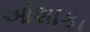
ઓશાકા